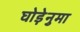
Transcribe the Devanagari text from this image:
घोड़ेनुमा